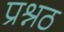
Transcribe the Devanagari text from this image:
प्रश्नठ